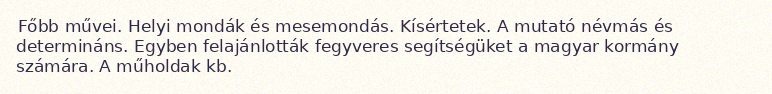
Főbb művei. Helyi mondák és mesemondás. Kísértetek. A mutató névmás és determináns. Egyben felajánlották fegyveres segítségüket a magyar kormány számára. A műholdak kb.